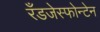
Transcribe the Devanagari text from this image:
रँडजेस्फोन्टेन